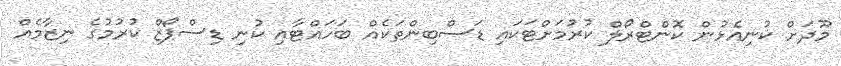
މޫދަށް ކުނިއެޅުން ކޮންޓްރޯލް ކުރުމަށްޓަކައި ޑަސްބިންތަކެއް ބަހައްޓާއި ކުނި ޑިސްޕޯޒް ކުރުމުގެ ނިޒާމެއް